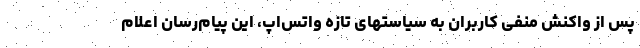
پس از واکنش منفی کاربران به سیاستهای تازه واتس‌اپ، این پیام‌رسان اعلام